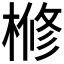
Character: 𣘀